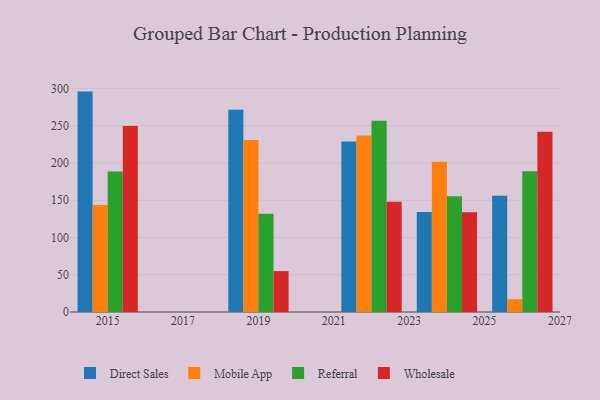
{"axis": {"x": "Year", "y": "Revenue (USD Million)"}, "legend": ["Direct Sales", "Mobile App", "Referral", "Wholesale"], "data": [{"x": "2015", "y": 295.7, "type": "Direct Sales"}, {"x": "2015", "y": 143.5, "type": "Mobile App"}, {"x": "2015", "y": 188.5, "type": "Referral"}, {"x": "2015", "y": 249.7, "type": "Wholesale"}, {"x": "2024", "y": 134.0, "type": "Direct Sales"}, {"x": "2024", "y": 201.6, "type": "Mobile App"}, {"x": "2024", "y": 155.4, "type": "Referral"}, {"x": "2024", "y": 133.7, "type": "Wholesale"}, {"x": "2026", "y": 155.9, "type": "Direct Sales"}, {"x": "2026", "y": 17.1, "type": "Mobile App"}, {"x": "2026", "y": 188.7, "type": "Referral"}, {"x": "2026", "y": 241.9, "type": "Wholesale"}, {"x": "2019", "y": 271.2, "type": "Direct Sales"}, {"x": "2019", "y": 230.6, "type": "Mobile App"}, {"x": "2019", "y": 131.8, "type": "Referral"}, {"x": "2019", "y": 54.9, "type": "Wholesale"}, {"x": "2022", "y": 228.7, "type": "Direct Sales"}, {"x": "2022", "y": 236.8, "type": "Mobile App"}, {"x": "2022", "y": 256.6, "type": "Referral"}, {"x": "2022", "y": 147.8, "type": "Wholesale"}]}